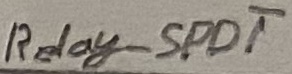
Text: Relay-SPDT